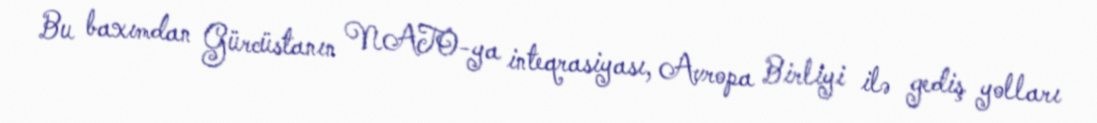
Bu baxımdan Gürcüstanın NATO-ya inteqrasiyası, Avropa Birliyi ilə gediş yolları